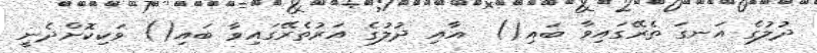
ދުލުގެ އަނގަ ތެރޭގައިވާ ބައި()  އާއި ދުލުގެ އަރުތެރޭގައިވާ ބައި() ވަކިކޮށްދެނީ